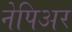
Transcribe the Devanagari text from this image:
नेपिअर